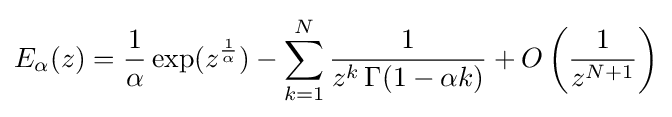
E_{\alpha }(z)={\frac {1}{\alpha }}\exp(z^{\frac {1}{\alpha }})-\sum \limits _{k=1}^{N}{\frac {1}{z^{k}\,\Gamma (1-\alpha k)}}+O\left({\frac {1}{z^{N+1}}}\right)